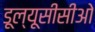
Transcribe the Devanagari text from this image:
डूल्यूसीसीओ